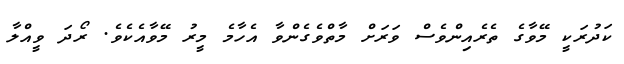
ކަދުރަކީ މޭވާގެ ތެރެއިންވެސް ވަރަށް މާތްވެގެންވާ އެހާމެ މީރު މޭވާއެކެވެ. ރޯދަ ވީއްލާ